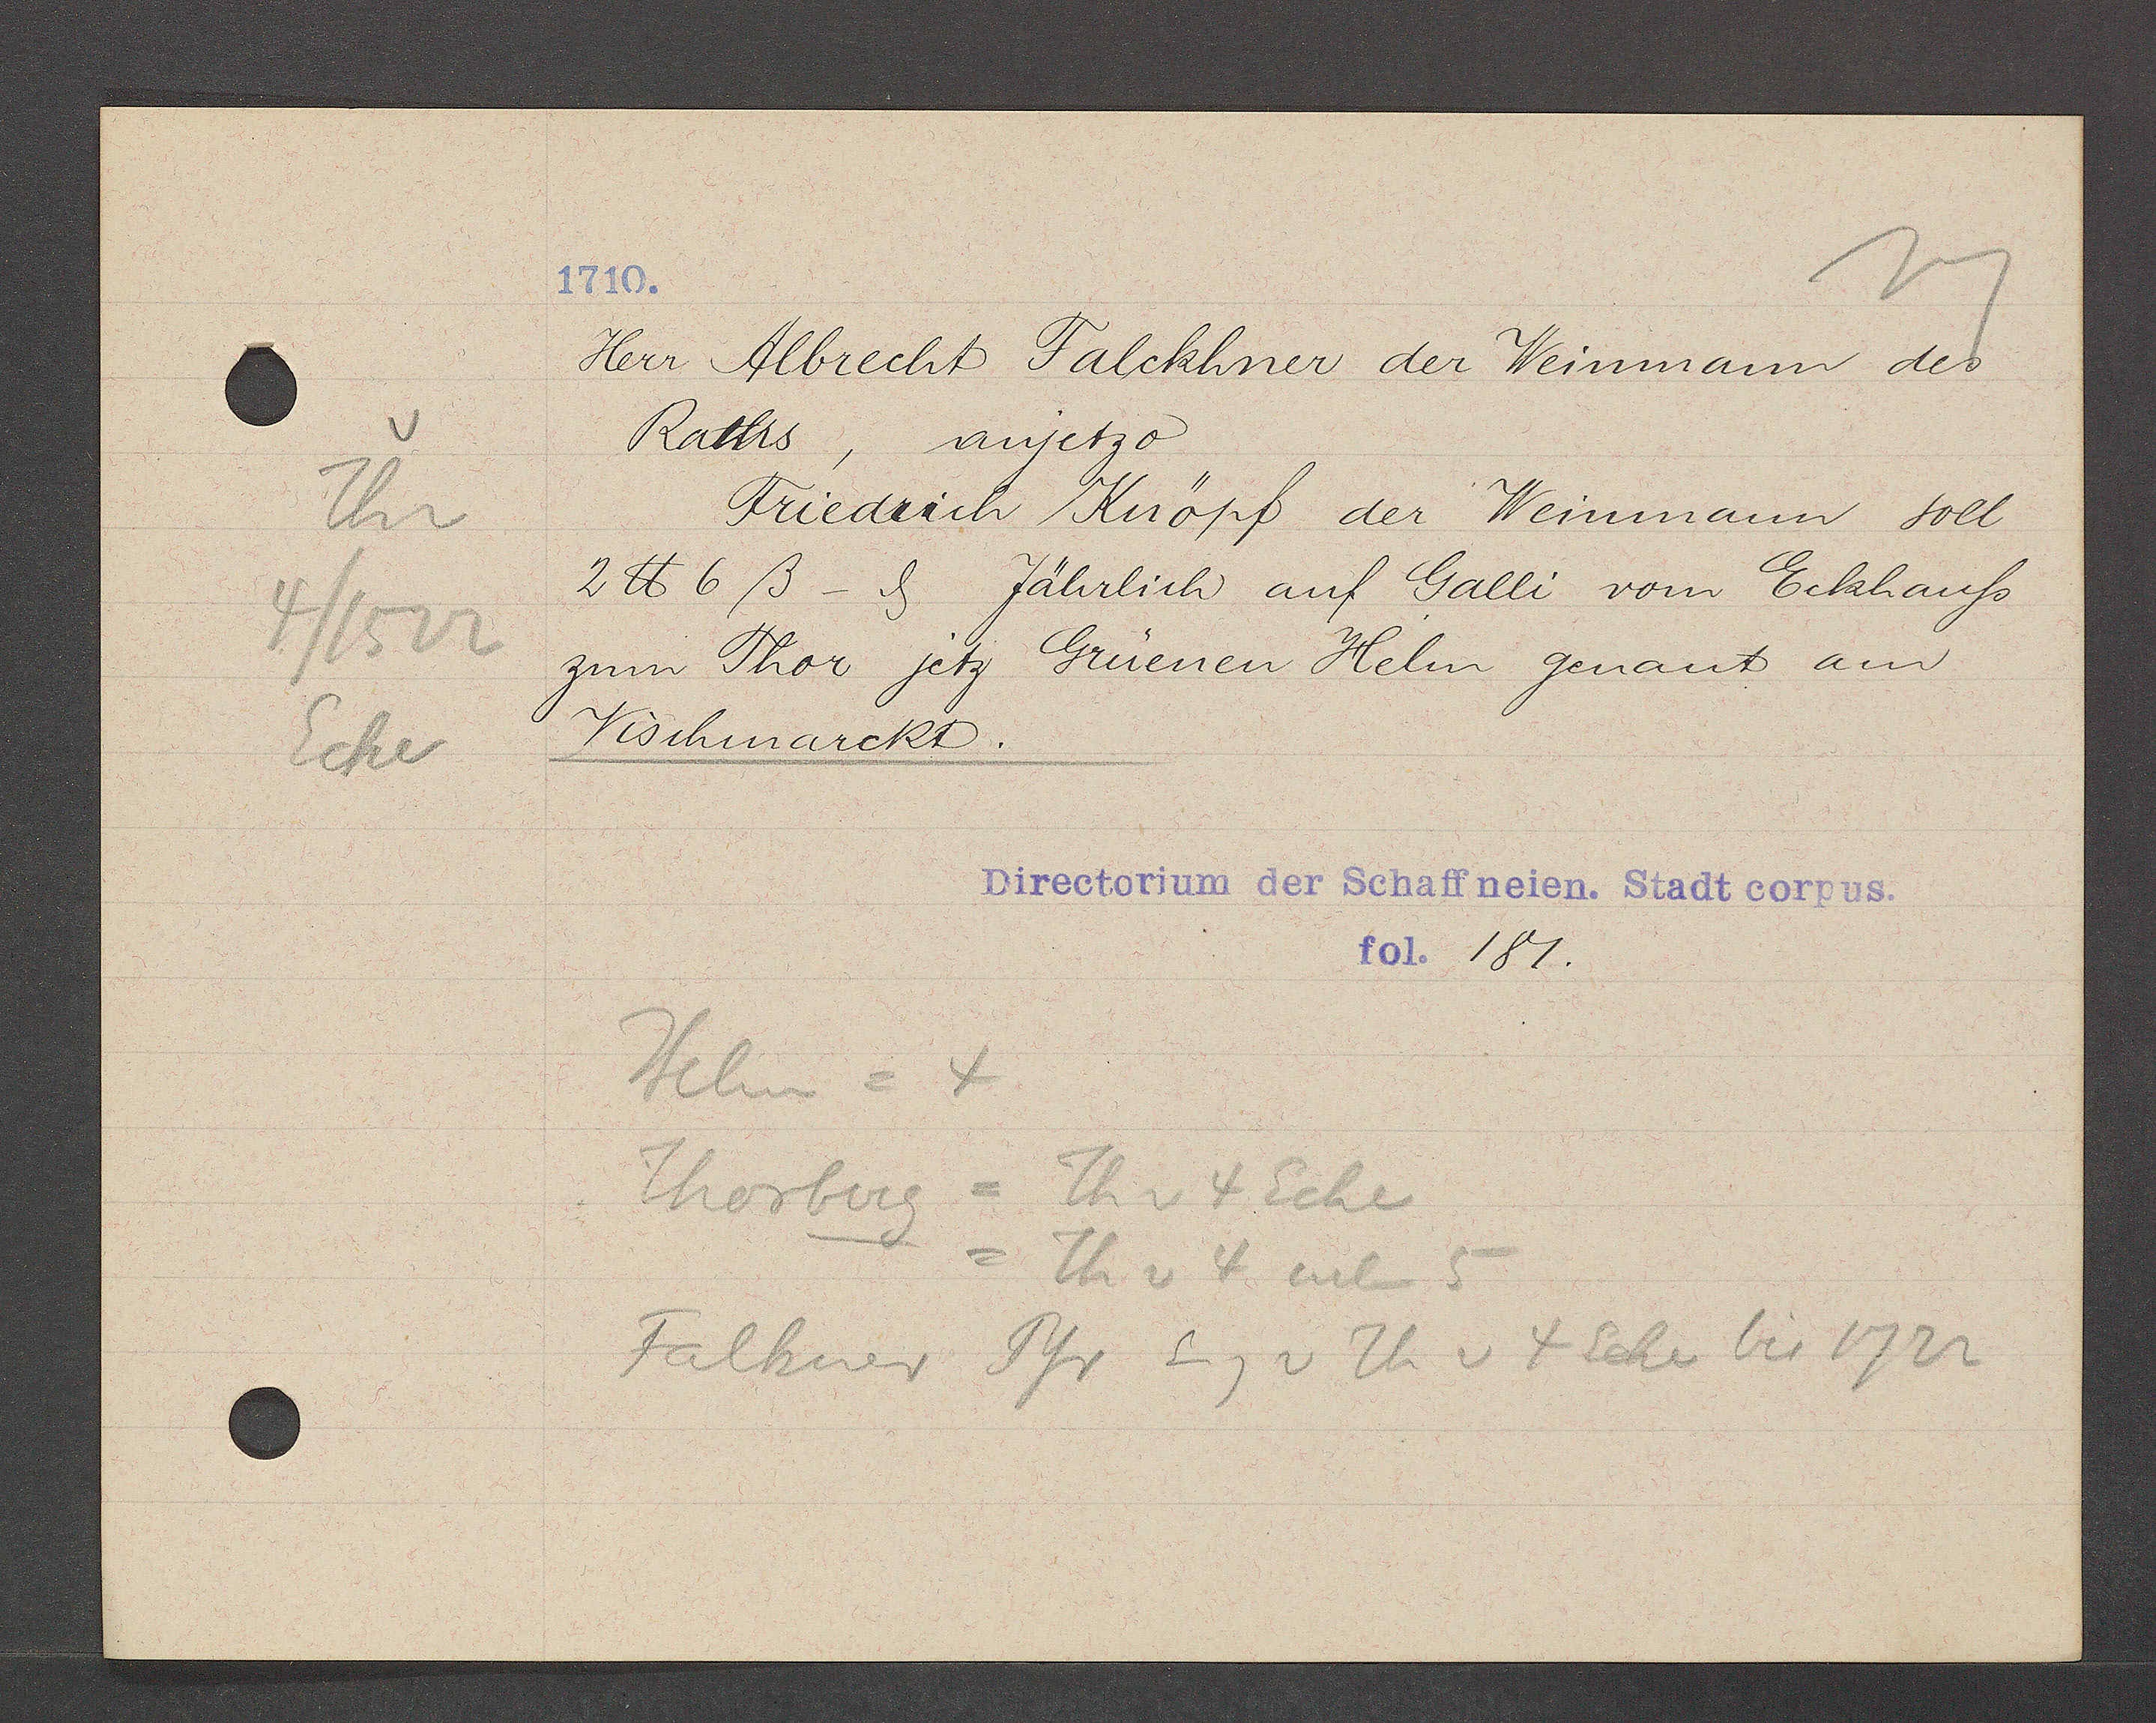
Transcript:
Th v
4/1522
Ecke

1710.

Herr Albrecht Falckhner der Weinmann des
Raths, anjetzo
Friedrich Knöpf der Weinmann soll
2 ℔ 6ß - ȡ Jährlich auf Galli vom Eckhauss
zum Thor jetz Grüenen Helm genant am
Vischmarckt.

Directorium der Schaffneien. Stadt corpus.
fol. 181.

Helm = 4
Thorberg = Th v 4 Ecke
= Th v 4 neben 5
Falkner Pfr Eig v Th v 4 Ecke bis 1722